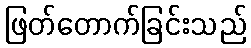
ဖြတ်တောက်ခြင်းသည်